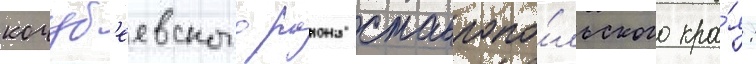
кочуб'еевского раиона ставропо́льского кра́я: